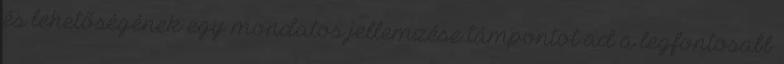
és lehetőségének egy mondatos jellemzése támpontot ad a legfontosabb